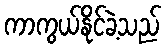
ကာကွယ်နိုင်ခဲ့သည်